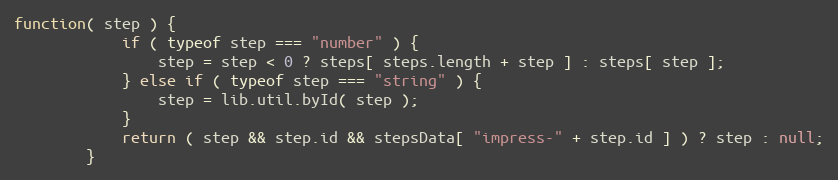
Language: JavaScript
function( step ) {
            if ( typeof step === "number" ) {
                step = step < 0 ? steps[ steps.length + step ] : steps[ step ];
            } else if ( typeof step === "string" ) {
                step = lib.util.byId( step );
            }
            return ( step && step.id && stepsData[ "impress-" + step.id ] ) ? step : null;
        }